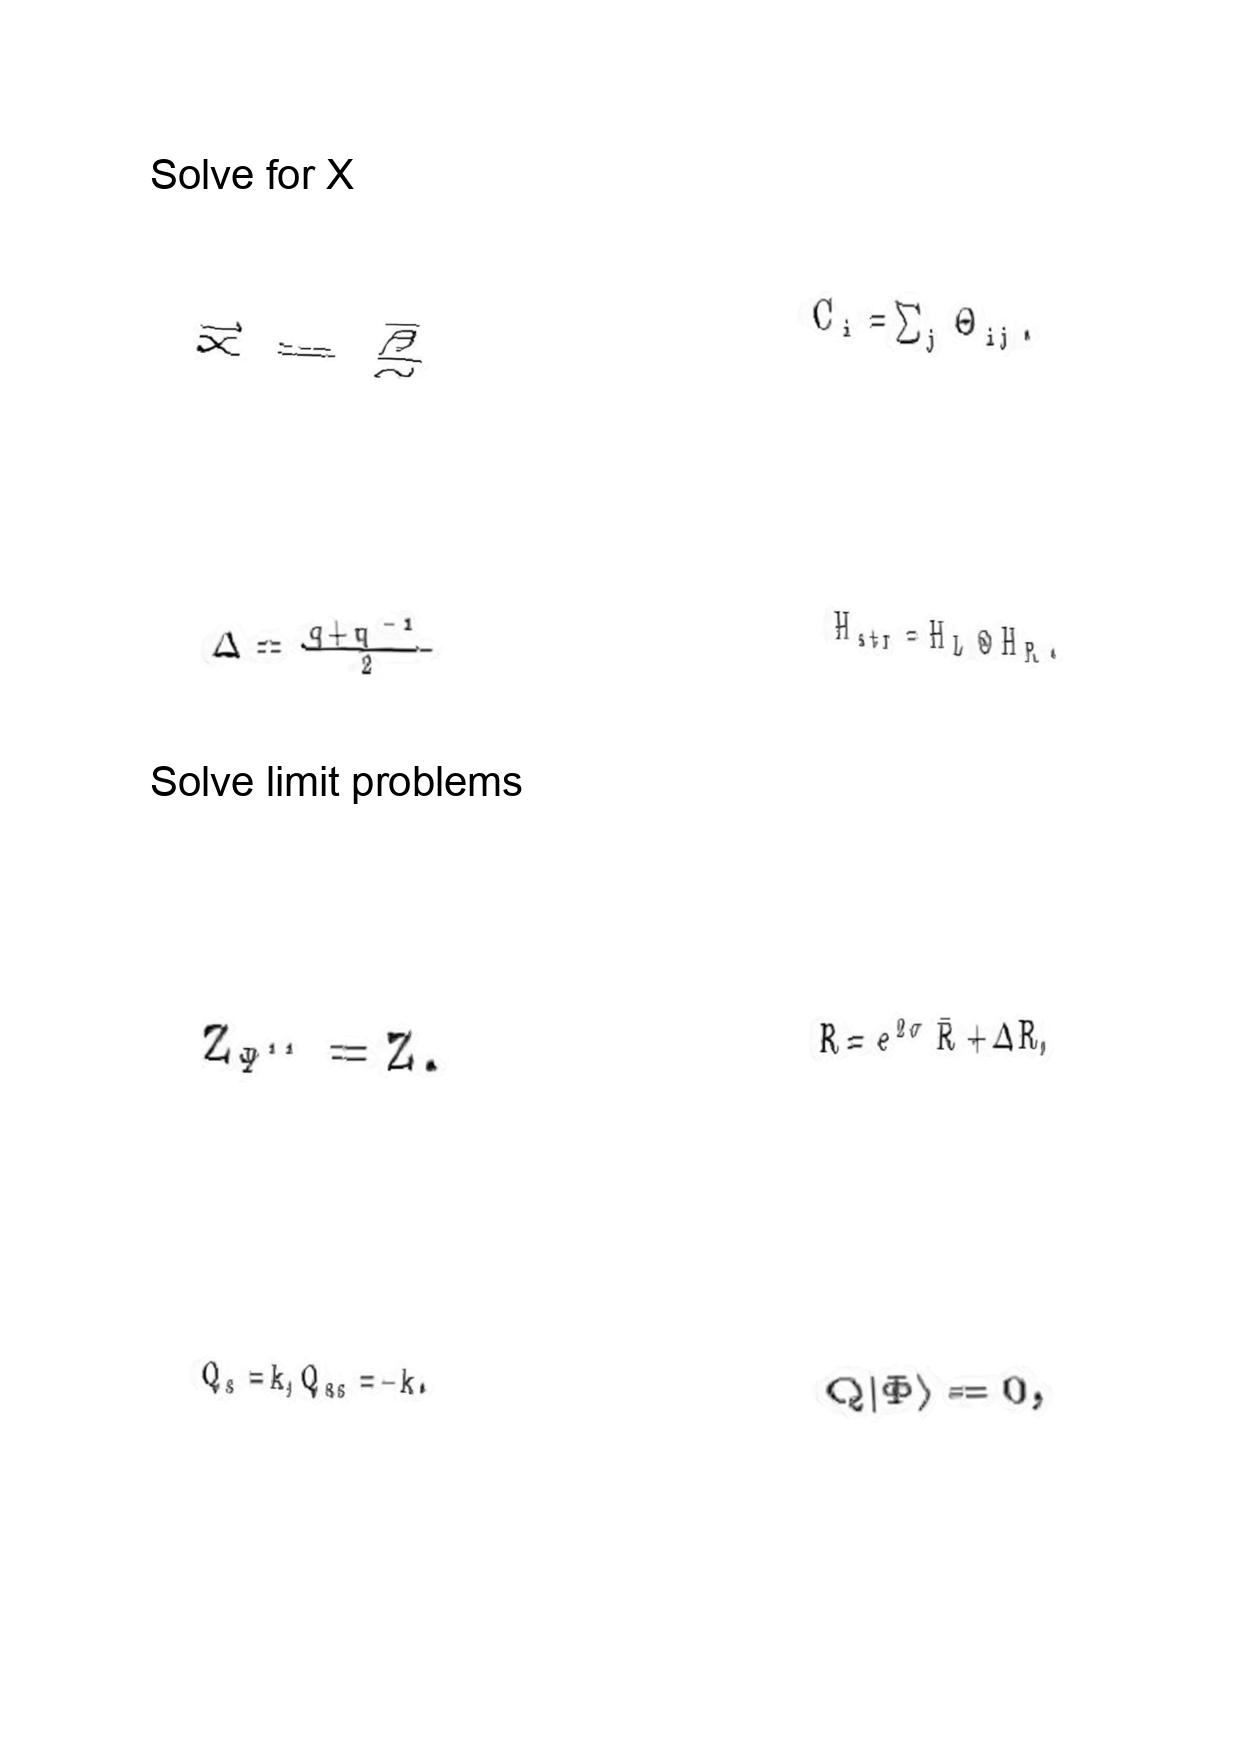
LaTeX transcription:
\vec { x } = \frac { \vec { \beta } } { \alpha }
\Delta = \frac { q + q ^ { - 1 } } { 2 }
Z _ { \Psi ^ { \prime \prime } } = Z .
Q _ { s } = k , Q _ { a s } = - k .
C _ { i } = \sum _ { j } \Theta _ { i j } .
H _ { s t r } = H _ { L } \otimes H _ { R } .
R = e ^ { 2 \sigma } \bar { R } + \Delta R ,
Q \vert \Phi \rangle = 0 ,